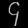
Digit: ၄